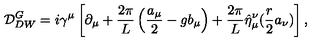
{ \cal D } _ { D W } ^ { G } = i \gamma ^ { \mu } \left[ \partial _ { \mu } + \frac { 2 \pi } { L } \left( \frac { a _ { \mu } } { 2 } - g b _ { \mu } \right) + \frac { 2 \pi } { L } \hat { \eta } _ { \mu } ^ { \nu } ( \frac { r } { 2 } a _ { \nu } ) \right] ,